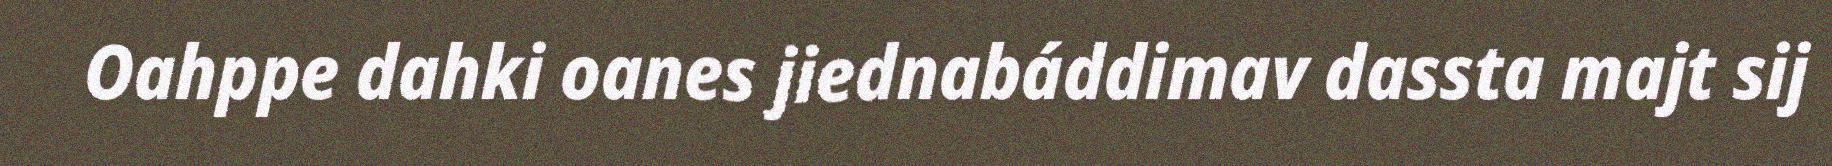
Oahppe dahki oanes jiednabáddimav dassta majt sij